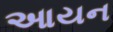
આયન